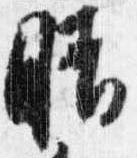
晴